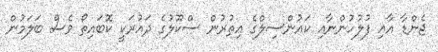
ޖެންޑާ އާއި ފުލުހުންނާއި ކައުންސިލްގެ އިތުރުން ސްކޫލުގެ ދައުރަކީ ކޮބައިތޯ ވެސް ބަލަމުން